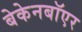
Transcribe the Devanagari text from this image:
बेकेनबॉएर